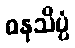
ဓနုသိပ္ပံ